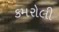
કમરોલી